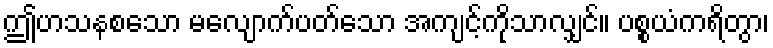
ဤဟသနစသော မလျောက်ပတ်သော အကျင့်ကိုသာလျှင်။ ပစ္စယံကရိတွာ၊